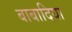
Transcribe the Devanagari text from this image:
बाबादिया